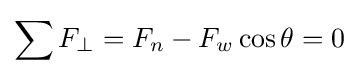
\sum F_{\perp }=F_{n}-F_{w}\cos \theta =0